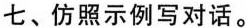
七、仿照示例写对话.